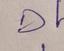
Signature authenticity: genuine